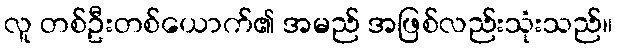
လူ တစ်ဦးတစ်ယောက်၏ အမည် အဖြစ်လည်းသုံးသည်။